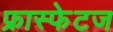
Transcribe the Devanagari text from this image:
फ्रास्फेटज